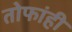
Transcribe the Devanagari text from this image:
तोफांही